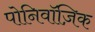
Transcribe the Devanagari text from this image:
पोनिवॉज़िक